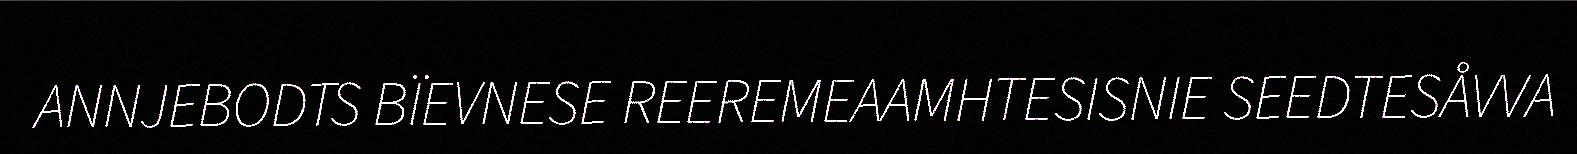
ANNJEBODTS BÏEVNESE REEREMEAAMHTESISNIE SEEDTESÅVVA